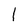
Character: I